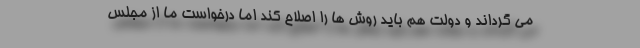
می گرداند و دولت هم باید روش ها را اصلاح کند اما درخواست ما از مجلس